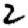
Digit: 2